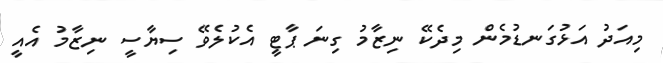
މިއަދު އަޅުގަނޑުމެން މިދެކޭ ނިޒާމު ގިނަ ޕާޓީ އެކުލެވޭ ސިޔާސީ ނިޒާމު އެއީ